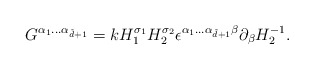
\begin{align*}G^{\alpha_{1}...\alpha _{\tilde d+1}}=k H_{1}^{\sigma_{1}}H_{2}^{\sigma_{2}} \epsilon ^{\alpha _{1}...\alpha_{\tilde d+1}\beta} \partial _{\beta} H_{2}^{-1}. \end{align*}